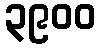
၃၉၀၀